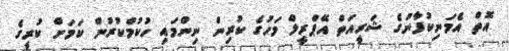
އޮތް އެމަނިކުފާނުގެ ޝަރީއަތް އޭޕްރީލް މަހުގެ ކުރިން ނިންމައި ހުކުމްކުރުން ކަމަށް ކުރީގެ